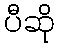
ပီဆို